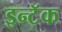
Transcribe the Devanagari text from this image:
इन्टॅक